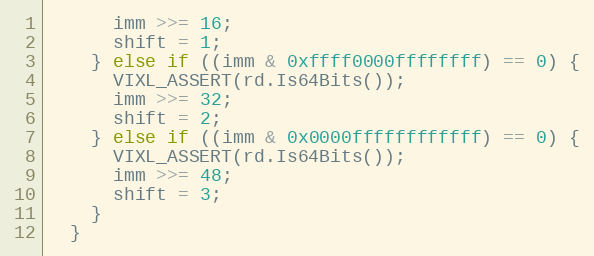
Language: C++
      imm >>= 16;
      shift = 1;
    } else if ((imm & 0xffff0000ffffffff) == 0) {
      VIXL_ASSERT(rd.Is64Bits());
      imm >>= 32;
      shift = 2;
    } else if ((imm & 0x0000ffffffffffff) == 0) {
      VIXL_ASSERT(rd.Is64Bits());
      imm >>= 48;
      shift = 3;
    }
  }